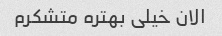
الان خیلی بهتره متشکرم